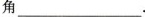
角 ___ .